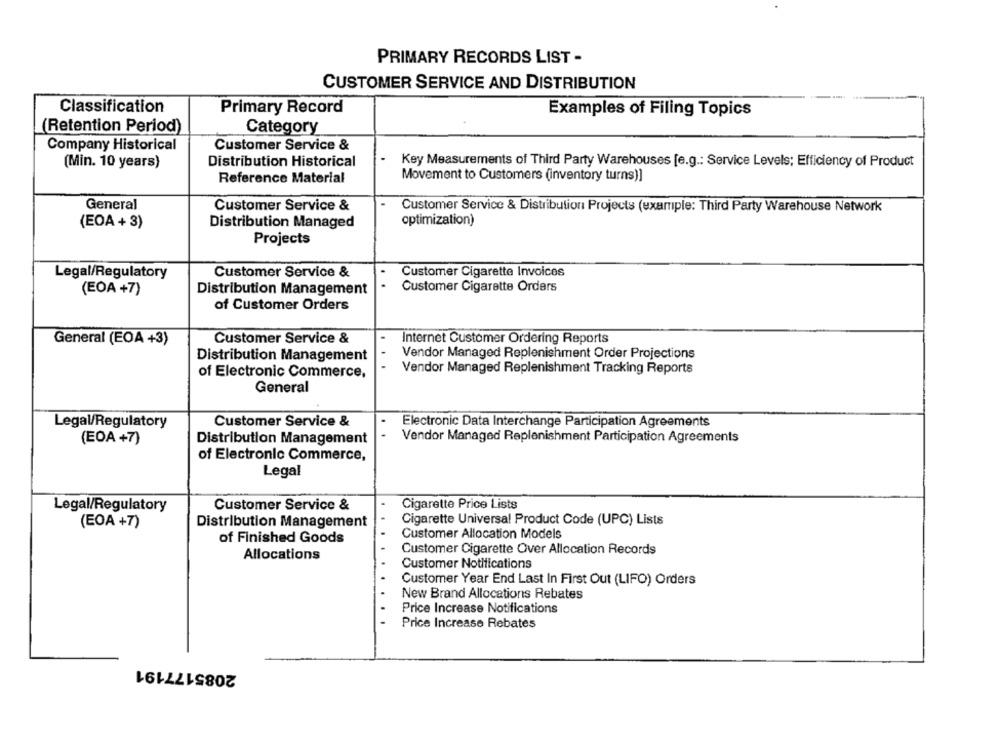
PRIMARY RECORDS LIST -
CUSTOMER SERVICE AND DISTRIBUTION
Classification
Primary Record
Examples of Filing Topics
(Retention Period)
Category
Company Historical
Customer Service &
(Min. 10 years)
Distribution Historical
Key Measurements of Third Party Warehouses [e.g .: Service Levels; Efficiency of Product
Reference Material
Movement to Customers (inventory turns)]
General
Customer Service &
Customer Service & Distribution Projects (example: Third Party Warehouse Network
optimization)
(EOA + 3)
Distribution Managed
Projects
Legal/Regulatory
Customer Service &
Customer Cigarette Invoices
.
Customer Cigarette Orders
(EOA +7)
Distribution Management
of Customer Orders
General (EOA +3)
Customer Service &
Internet Customer Ordering Reports
Distribution Management
Vendor Managed Replenishment Order Projections
Vendor Managed Replenishment Tracking Reports
of Electronic Commerce,
General
Legal/Regulatory
Customer Service &
Electronic Data Interchange Participation Agreements
..
(EOA +7)
Distribution Management
Vendor Managed Replenishment Participation Agreements
of Electronic Commerce,
Legal
Legal/Regulatory
Customer Service &
Cigarette Price Lists
(EOA +7)
Distribution Management
Cigarette Universal Product Code (UPC) Lists
Customer Allocation Models
of Finished Goods
Allocations
Customer Cigarette Over Allocation Records
Customer Notifications
Customer Year End Last In First Out (LIFO) Orders
New Brand Allocations Rebates
Price Increase Notifications
Price Increase Rebates
2085177191